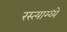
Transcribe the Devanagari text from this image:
रस्त्याम्ध्ये